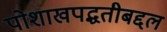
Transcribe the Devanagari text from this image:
पोशाखपद्धतीबद्दल